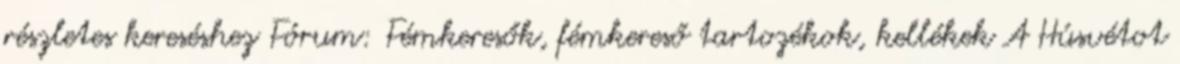
részletes kereséshez Fórum: Fémkeresők, fémkereső tartozékok, kellékek A Húsvétot